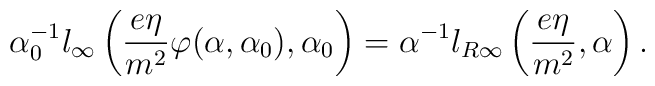
\alpha_0^{-1} l_\infty\left(\frac{e\eta}{m^2}\varphi (\alpha, \alpha_0 ),\alpha_0\right)=\alpha^{-1} l_{R\infty}\left(\frac{e\eta}{m^2},\alpha\right).